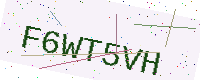
Text: F6WT5VH